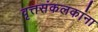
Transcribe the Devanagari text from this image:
वृत्तसंकलकांना